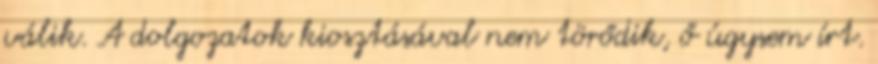
válik. A dolgozatok kiosztásával nem törődik, ő úgysem írt.